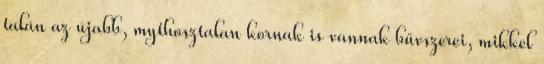
talán az újabb, mythosztalan kornak is vannak bűvszerei, mikkel